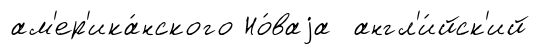
ам'ер'ика́нского Но́ваjа англ'и́йск'ий